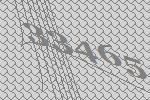
33465